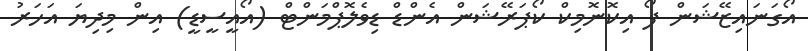
އޯގަނައިޒޭޝަން ފޯ އިކޮނޮމިކް ކޯޕަރޭޝަން އެންޑް ޑިވެލޮޕްމަންޓް (އޯއީސީޑީ) އިން މިދިޔަ އަހަރު